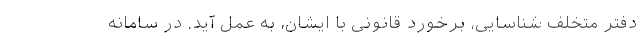
دفتر متخلف شناسایی، برخورد قانونی با ایشان، به عمل آید. در سامانه